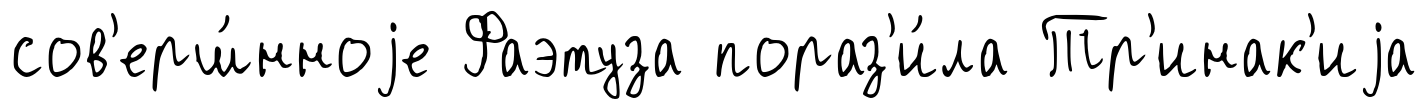
сов'ерш́нноjе Фаэтуза пораз'и́ла Тр'инак'иjа